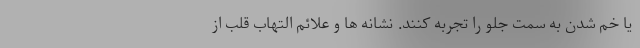
یا خم شدن به سمت جلو را تجربه کنند. نشانه ها و علائم التهاب قلب از